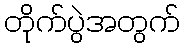
တိုက်ပွဲအတွက်